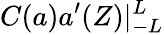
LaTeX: C({a}){a}^{\prime}(Z)|_{-L}^{L}